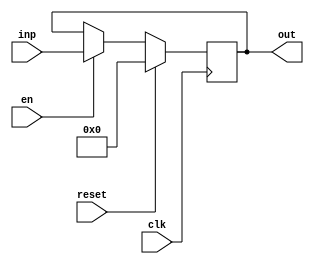
module registerNbits #(parameter N = 32) (clk, reset, en, inp, out);
	input clk, reset, en;
	output reg [N-1:0] out;
	input [N-1:0] inp;
	always @(posedge clk) begin
			if (reset) 
				out <= 'b0;
			else if(en)
				out <= inp;
	end
endmodule

module radix4Booth (input [31:0] a, input [31:0] b, input clk, input reset, input en, output reg [63:0] result, output reg enableOutput);
  reg [63:0] product /*[0:15]*/;
  reg [63:0] aux;
  reg [4:0] j;
  reg [4:0] counter;
  reg resetReg;
  wire [2:0] selectors [0:15];
  wire [31:0] firstInputShifted;
  wire [31:0] firstInputComplement;
  wire [31:0] firstInputComplementShifted;
  assign firstInputShifted = a << 1'b1;
  assign firstInputComplement = ~a + 1'b1;
  assign firstInputComplementShifted = firstInputComplement << 1'b1;
  assign selectors[0] = {b[1], b[0], 1'b0};
  assign selectors[1] = {b[3], b[2], b[1]};
  assign selectors[2] = {b[5], b[4], b[3]};
  assign selectors[3] = {b[7], b[6], b[5]};
  assign selectors[4] = {b[9], b[8], b[7]};
  assign selectors[5] = {b[11], b[10], b[9]};
  assign selectors[6] = {b[13], b[12], b[11]};
  assign selectors[7] = {b[15], b[14], b[13]};
  assign selectors[8] = {b[17], b[16], b[15]};
  assign selectors[9] = {b[19], b[18], b[17]};
  assign selectors[10] = {b[21], b[20], b[19]};
  assign selectors[11] = {b[23], b[22], b[21]};
  assign selectors[12] = {b[25], b[24], b[23]};
  assign selectors[13] = {b[27], b[26], b[25]};
  assign selectors[14] = {b[29], b[28], b[27]};
  assign selectors[15] = {b[31], b[30], b[29]};
  always @(posedge clk) begin
      enableOutput = 0;
    if (en === 1'b1) begin
      if (reset === 1'b1) begin
        counter = 0;
        result = 0;
        resetReg = 1;
      end
      else if (resetReg === 1'b1) begin
        counter = 0;
        result = 0;
        resetReg = 0; // make it waits 1 cycle after reset is gone to 0 to get right data
      end
      else if (counter === 0) begin
        case(selectors[0])
          3'b001: product = {{32{a[31]}},a[31:0]}; // 001 => put first input as it is
          3'b010: product = {{32{a[31]}},a[31:0]}; // 010 => put first input as it is
          3'b011: product = {{32{firstInputShifted[31]}}, firstInputShifted}; // 011 => shift left first input by one (multiply by 2)
          3'b100: product = {{32{firstInputComplementShifted[31]}},firstInputComplementShifted}; // 100 => sheft left 2's complement of first input by one (multiply by -2)
          3'b101: product = {{32{firstInputComplement[31]}},firstInputComplement}; // 101 => put 2's complement of first input
          3'b110: product = {{32{firstInputComplement[31]}},firstInputComplement}; // 110 => put 2's complement of first input
          default: product = 64'b0; // 000, 111 => put 0
        endcase
        aux = product;
        counter = 1;
      end
      else begin
        case(selectors[counter])
        3'b001: product = {{32{a[31]}},a[31:0]}; // 001 => put first input as it is
        3'b010: product = {{32{a[31]}},a[31:0]}; // 010 => put first input as it is
        3'b011: product = {{32{firstInputShifted[31]}}, firstInputShifted}; // 011 => shift left first input by one (multiply by 2)
        3'b100: product = {{32{firstInputComplementShifted[31]}},firstInputComplementShifted}; // 100 => sheft left 2's complement of first input by one (multiply by -2)
        3'b101: product = {{32{firstInputComplement[31]}},firstInputComplement}; // 101 => put 2's complement of first input
        3'b110: product = {{32{firstInputComplement[31]}},firstInputComplement}; // 110 => put 2's complement of first input
        default: product = 64'b0; // 000, 111 => put 0
        endcase
        // if we add 100 + 101, we want to make it, 00100 + 10100, and every stage we shift more bits
        for(j = 0; j < counter; j = j + 1)
          product = product << 2'b10;  // shift left 2 bits
        aux = aux + product;
        counter = counter + 1;
        if (counter === 5'd17) begin 
          counter = 0;
        end
        if (counter === 5'd16) begin 
          result = aux; // last iteration
          // make one cycle delay for getting input data right
          enableOutput = 1; // write the previos result out to the out register
        end
      end
    end
    else begin
      result = 64'bx;
      enableOutput = 1;
    end
  end
endmodule



module integrationMult #(parameter N = 32) (inputA, inputB, clk, reset, en, result);
input clk, reset, en;
input [N-1:0] inputA, inputB;
output [2*N-1:0] result;
wire [N-1:0] A_reg;
wire [N-1:0] B_reg;
wire [N-1:0] outA_reg;
wire [N-1:0] outB_reg;
wire enableOutput;
registerNbits #(32) regA(clk, reset, en, inputA, A_reg);
registerNbits #(32) regB(clk, reset, en, inputB, B_reg);
radix4Booth radix4BoothIns(A_reg, B_reg, clk, reset, en, {outA_reg,outB_reg}, enableOutput);
registerNbits #(32) outA(clk, reset, enableOutput, outB_reg, result[N-1:0]);
registerNbits #(32) outB(clk, reset, enableOutput, outA_reg, result[2*N-1:N]);
endmodule